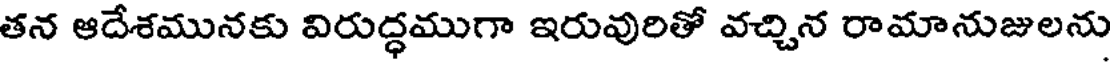
తన ఆదేశమునకు విరుద్ధముగా ఇరువురితో వచ్చిన రామానుజులను